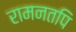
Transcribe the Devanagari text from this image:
रामनतपि